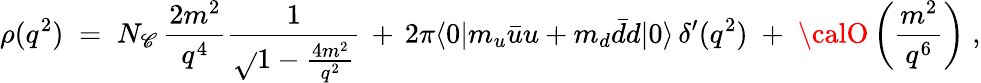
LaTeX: \rho(q^{2})\; =\; N_{\mathscr{C}}\, \frac{{2m^{2}}}{{q^{4}}}\frac{{1}}{{\sqrt{}{{1-\frac{{4m^{2}}}{{q^{2}}}}}}}\, +\, 2\pi\langle0|m_{u}\bar{{u}}u+m_{d}\bar{{d}}d|0\rangle\, \delta^{\prime}(q^{2})\; +\; {\calO}\left(\frac{{m^{2}}}{{q^{6}}}\right)\; ,